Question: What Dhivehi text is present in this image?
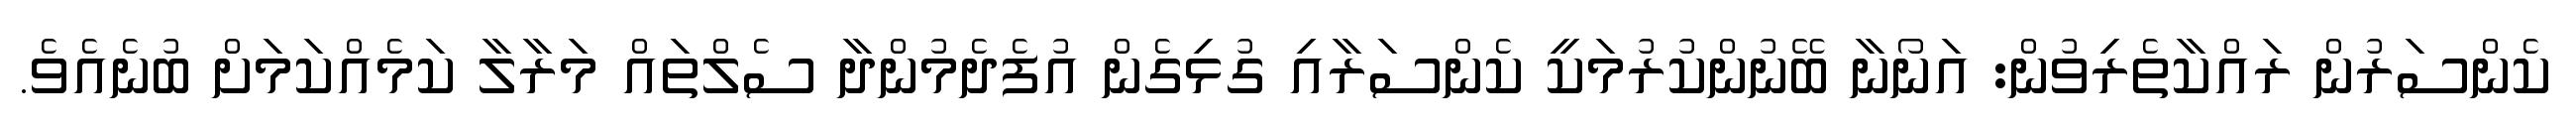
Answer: ކެންސަރުން ރައްކާތެރިވުން: އަނޯނާ ބޭނުންކުރުމަކީ ކެންސަރާއި ގުޅިގެން އުފެދެމުންދާ ސެލްތައް މަރާލާ ކަމެއްކަމަށް ބުނެއެވެ.